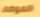
الموقف